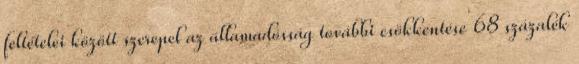
feltételei között szerepel az államadósság további csökkentése 68 százalék